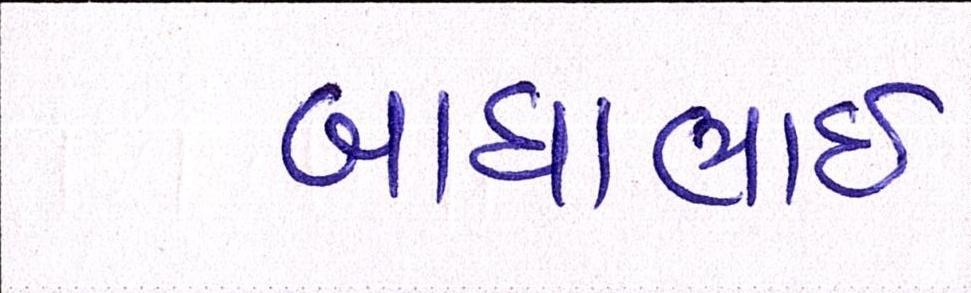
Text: બાઘાભાઇ